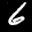
Label: 6